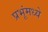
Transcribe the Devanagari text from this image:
प्रभूंमध्ये